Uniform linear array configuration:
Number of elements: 16
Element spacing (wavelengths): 1
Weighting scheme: hamming
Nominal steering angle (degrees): -60
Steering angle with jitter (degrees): -58.998
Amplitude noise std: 0.05
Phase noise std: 0.05

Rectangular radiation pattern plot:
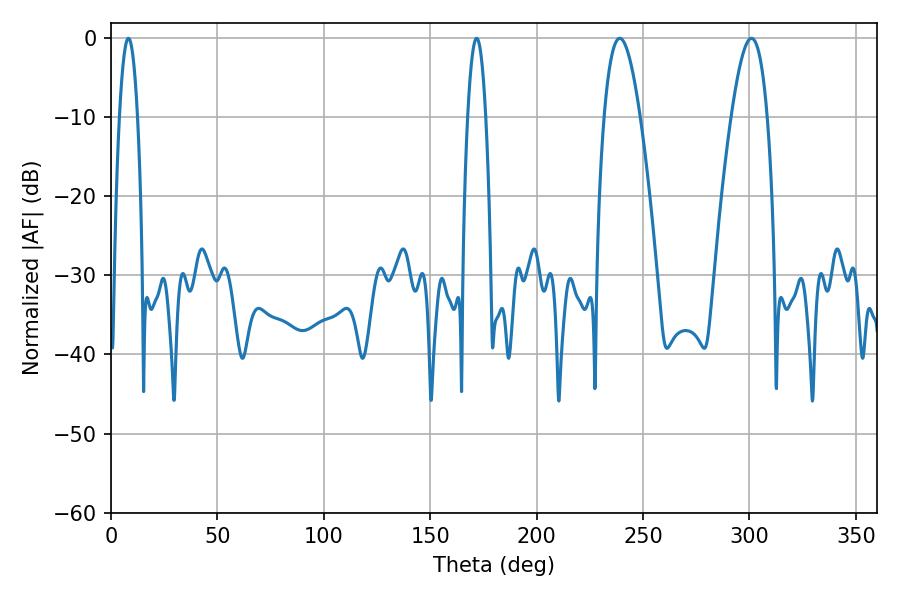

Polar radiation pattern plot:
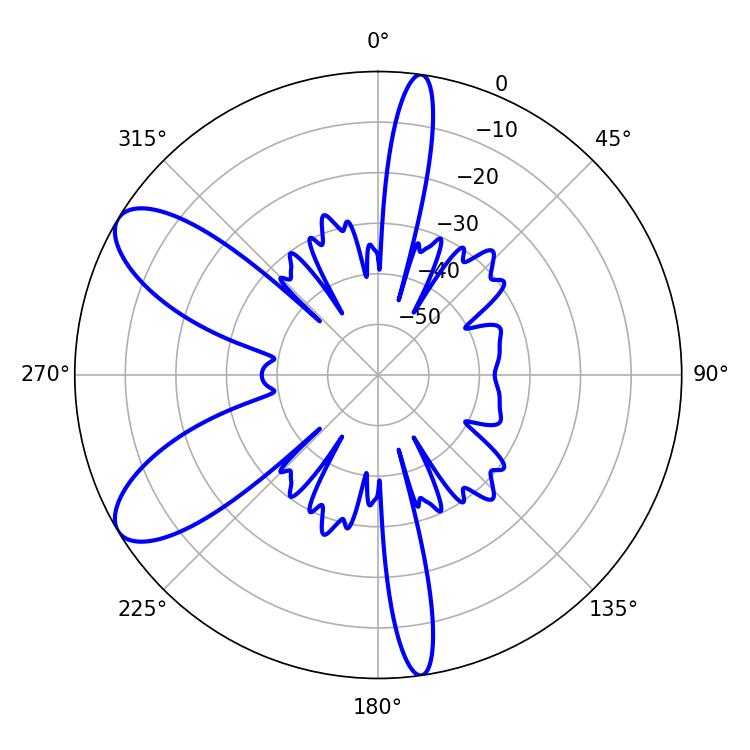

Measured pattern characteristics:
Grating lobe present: TRUE
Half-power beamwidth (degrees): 9.36
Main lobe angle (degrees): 239.04